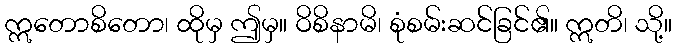
ဣတောစိတော၊ ထိုမှ ဤမှ။ ဝိစိနာမိ၊ စုံစမ်းဆင်ခြင်၏။ ဣတိ၊ သို့။